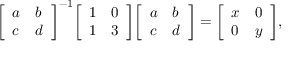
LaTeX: { \left[ \begin{array} { l l } { a } & { b } \\ { c } & { d } \end{array} \right] } ^ { - 1 } { \left[ \begin{array} { l l } { 1 } & { 0 } \\ { 1 } & { 3 } \end{array} \right] } { \left[ \begin{array} { l l } { a } & { b } \\ { c } & { d } \end{array} \right] } = { \left[ \begin{array} { l l } { x } & { 0 } \\ { 0 } & { y } \end{array} \right] } ,